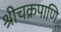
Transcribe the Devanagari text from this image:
श्रीचक्रपाणि